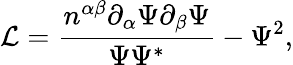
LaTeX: \mathcal{L}=\frac{n^{\alpha\beta}\partial_{\alpha}\Psi\partial_{\beta}\Psi}{\Psi\Psi^{*}}-\Psi^{2},